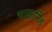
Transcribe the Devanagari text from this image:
भाऊसिंह